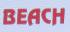
beach